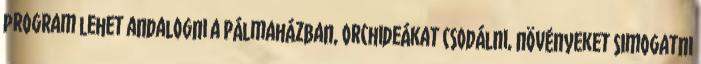
program lehet andalogni a Pálmaházban, orchideákat csodálni, növényeket simogatni